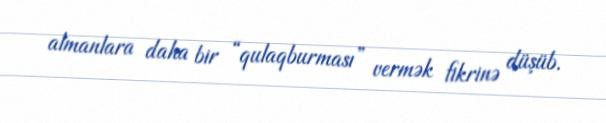
almanlara daha bir “qulaqburması” vermək fikrinə düşüb.